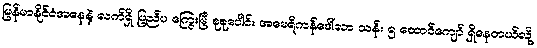
မြန်မာနိုင်ငံအနေနဲ့ လက်ရှိ ပြည်ပ ကြွေးမြီ စုစုပေါင်း အမေရိကန်ဒေါ်လာ သန်း ၅ ထောင်ကျော် ရှိနေတယ်လို့